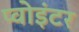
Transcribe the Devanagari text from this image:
प्वोइंटर